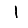
Digit: 1